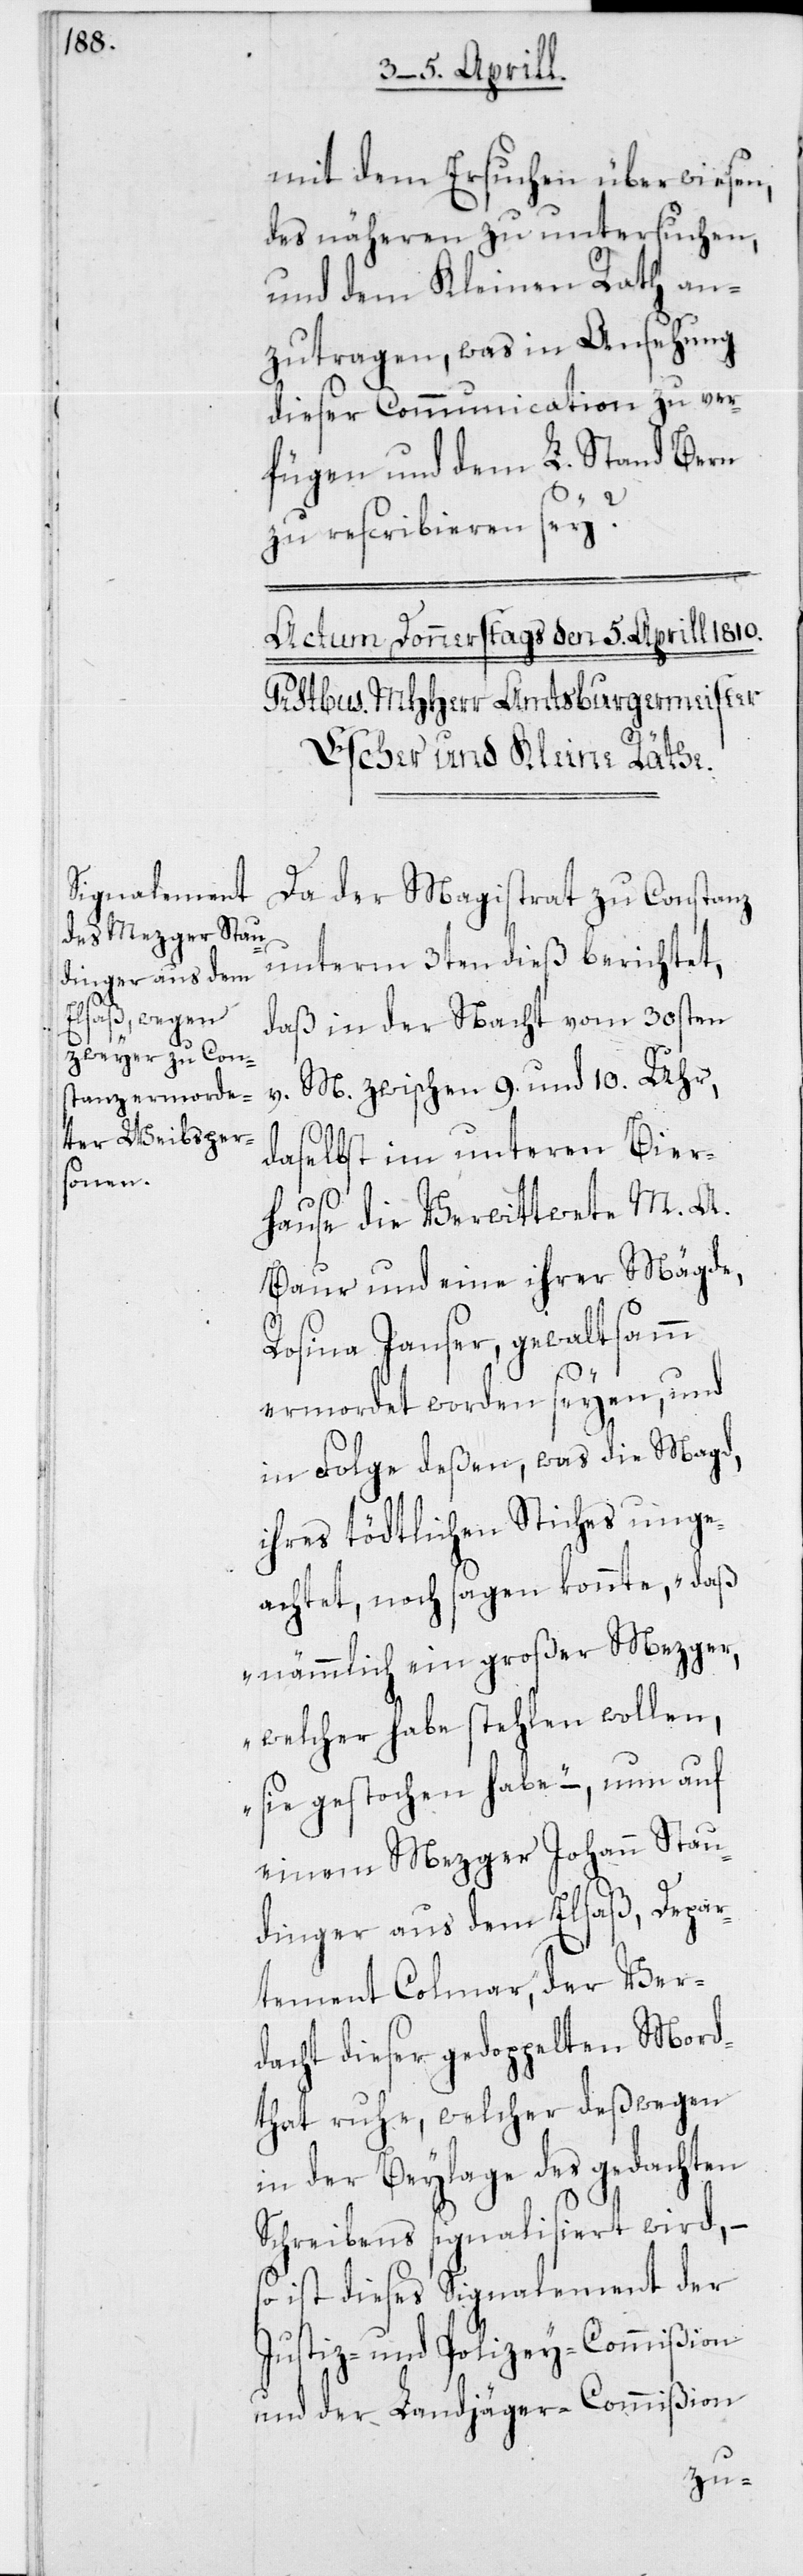
mit dem Ersuchen überwiesen,
des näheren zu untersuchen,
und dem Kleinen Rath an¬
zutragen, was in Ansehung
dieser Communication zu ver¬
fügen und dem L. Stand Bern
zu rescribieren sey?
Da der Magistrat zu Constanz
unterm 3ten dieß berichtet,
daß in der Nacht vom 30sten
v. M. zwischen 9. und 10. Uhr,
daselbst im unteren Bier¬
hause die verwittwete M. A.
Baur und eine ihrer Mägde,
Rosina Janser, gewaltsamm
ermordet worden seyen, und
in Folge deßen, was die Magd,
ihres tödtlichen Stiches unge¬
achtet, noch sagen konnte, „daß
nämmlich ein großer Mezger,
welcher habe stehlen wollen,
sie gestochen habe“ –, nun auf
einem Mezger Johann Stau¬
dinger aus dem Elsaß, Depar¬
tement Colmar, der Ver¬
dacht dieser gedoppelten Mord¬
that ruhe, welcher deßwegen
in der Beylage des gedachten
Schreibens signalisiert wird, –
ist dieses Signalement der
Justiz- und Polizey-Commißion
und der Landjäger-Commißion